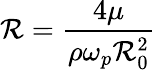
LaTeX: {\cal\mathcal{R}}=\frac{{4\mu}}{{\rho\omega_{p}\mathcal{R}_{0}^{2}}}